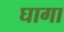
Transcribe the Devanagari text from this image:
घागा